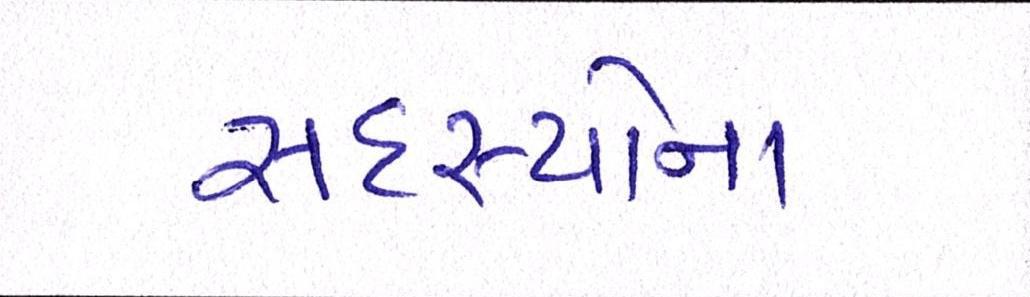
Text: સદસ્યોના